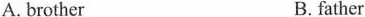
A. brother B. father